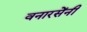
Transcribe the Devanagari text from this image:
वनारसेंनी